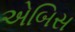
એબિસ